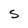
Character: s